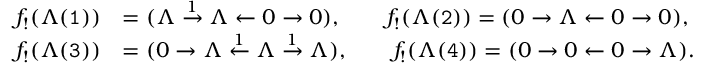
\begin{array} { r l } { f _ { ! } ( \Lambda ( \mathtt { 1 } ) ) } & { = ( \Lambda \stackrel { 1 } { \to } \Lambda \leftarrow 0 \to 0 ) , \qquad f _ { ! } ( \Lambda ( \mathtt { 2 } ) ) = ( 0 \to \Lambda \leftarrow 0 \to 0 ) , } \\ { f _ { ! } ( \Lambda ( \mathtt { 3 } ) ) } & { = ( 0 \to \Lambda \stackrel { 1 } { \leftarrow } \Lambda \stackrel { 1 } { \to } \Lambda ) , \qquad f _ { ! } ( \Lambda ( \mathtt { 4 } ) ) = ( 0 \to 0 \leftarrow 0 \to \Lambda ) . } \end{array}